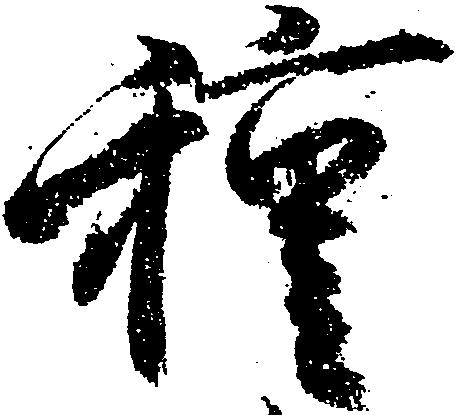
種